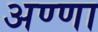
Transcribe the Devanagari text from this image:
अण्‍णा